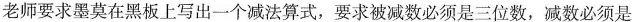
老师要求墨莫在黑板上写出一个减法算式，要求被减数必须是三位数，减数必须是